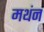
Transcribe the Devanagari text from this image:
मथंन